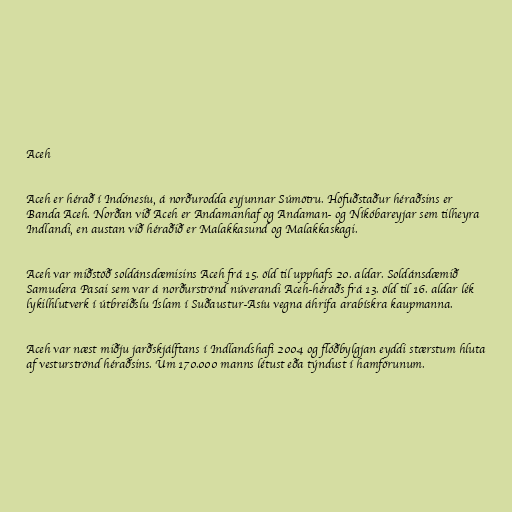
Aceh

Aceh er hérað í Indónesíu, á norðurodda eyjunnar Súmötru. Höfuðstaður héraðsins er
Banda Aceh. Norðan við Aceh er Andamanhaf og Andaman- og Níkóbareyjar sem tilheyra
Indlandi, en austan við héraðið er Malakkasund og Malakkaskagi.

Aceh var miðstöð soldánsdæmisins Aceh frá 15. öld til upphafs 20. aldar. Soldánsdæmið
Samudera Pasai sem var á norðurströnd núverandi Aceh-héraðs frá 13. öld til 16. aldar lék
lykilhlutverk í útbreiðslu Íslam í Suðaustur-Asíu vegna áhrifa arabískra kaupmanna.

Aceh var næst miðju jarðskjálftans í Indlandshafi 2004 og flóðbylgjan eyddi stærstum hluta
af vesturströnd héraðsins. Um 170.000 manns létust eða týndust í hamförunum.